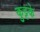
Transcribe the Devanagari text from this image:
कुट्टके